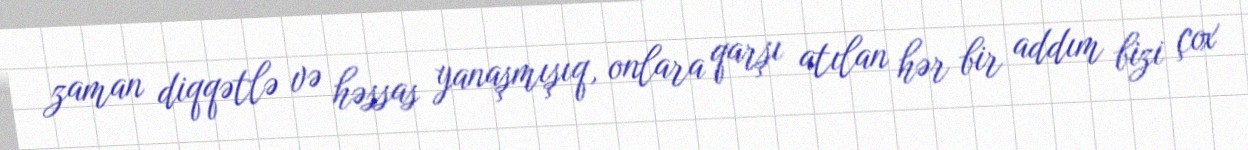
zaman diqqətlə və həssas yanaşmışıq, onlara qarşı atılan hər bir addım bizi çox